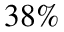
3 8 \%